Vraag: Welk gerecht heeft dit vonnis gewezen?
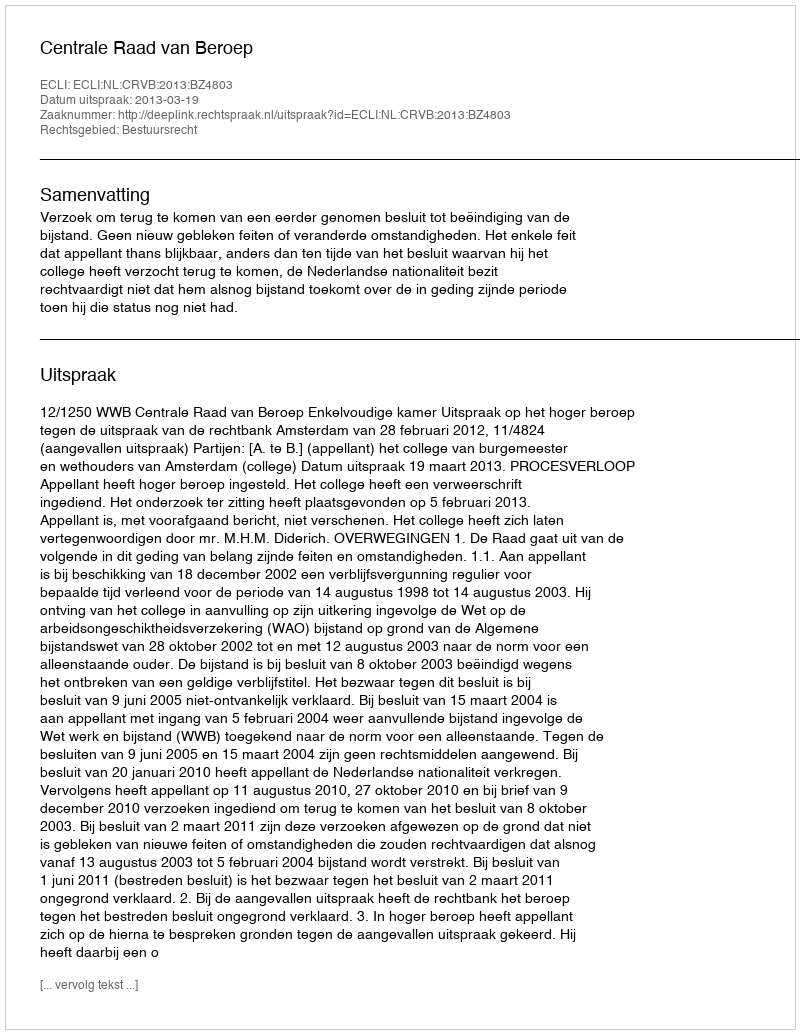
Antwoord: Centrale Raad van Beroep